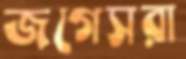
জগেসরা